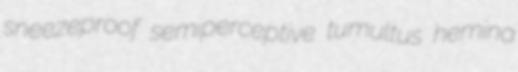
sneezeproof semiperceptive tumultus hemina